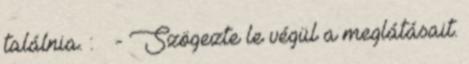
találnia. : - Szögezte le végül a meglátásait.